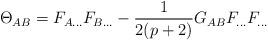
LaTeX: \begin{align*}\Theta _{AB}=F_{A...}F_{B...}-\frac{1}{2(p+2)}G_{AB}F_{...}F_{...}\end{align*}